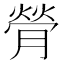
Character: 膋